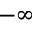
- \infty